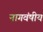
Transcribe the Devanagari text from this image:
नागवंषीय